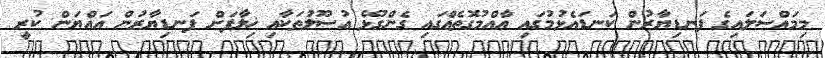
މިމައްސަލައިގެ ފަނޑިޔާރުން ކަނޑައެޅުމުގައި ޢާއްމުގޮތެއްގައި ގެންގުޅޭ އުސޫލުތަކާއި ޚިލާފަށް ފަނޑިޔާރުން ޢައްޔަން ކުރީ